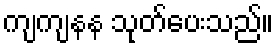
ကျကျနန သုတ်ပေးသည်။